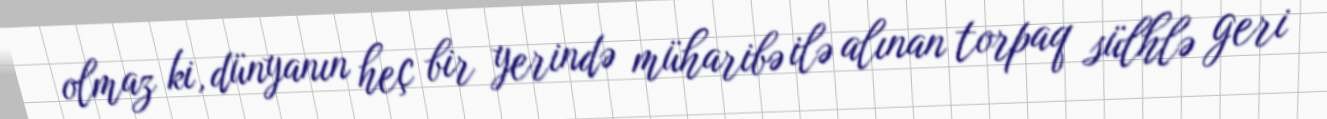
olmaz ki, dünyanın heç bir yerində müharibə ilə alınan torpaq sülhlə geri